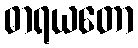
ဓာရယတော